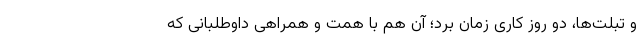
و تبلت‌ها، دو روز کاری زمان برد؛ آن هم با همت و همراهی داوطلبانی که